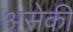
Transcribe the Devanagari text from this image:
असेकी